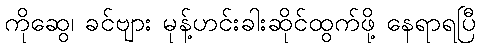
ကိုဆွေ၊ ခင်ဗျား မုန့်ဟင်းခါးဆိုင်ထွက်ဖို့ နေရာရပြီ